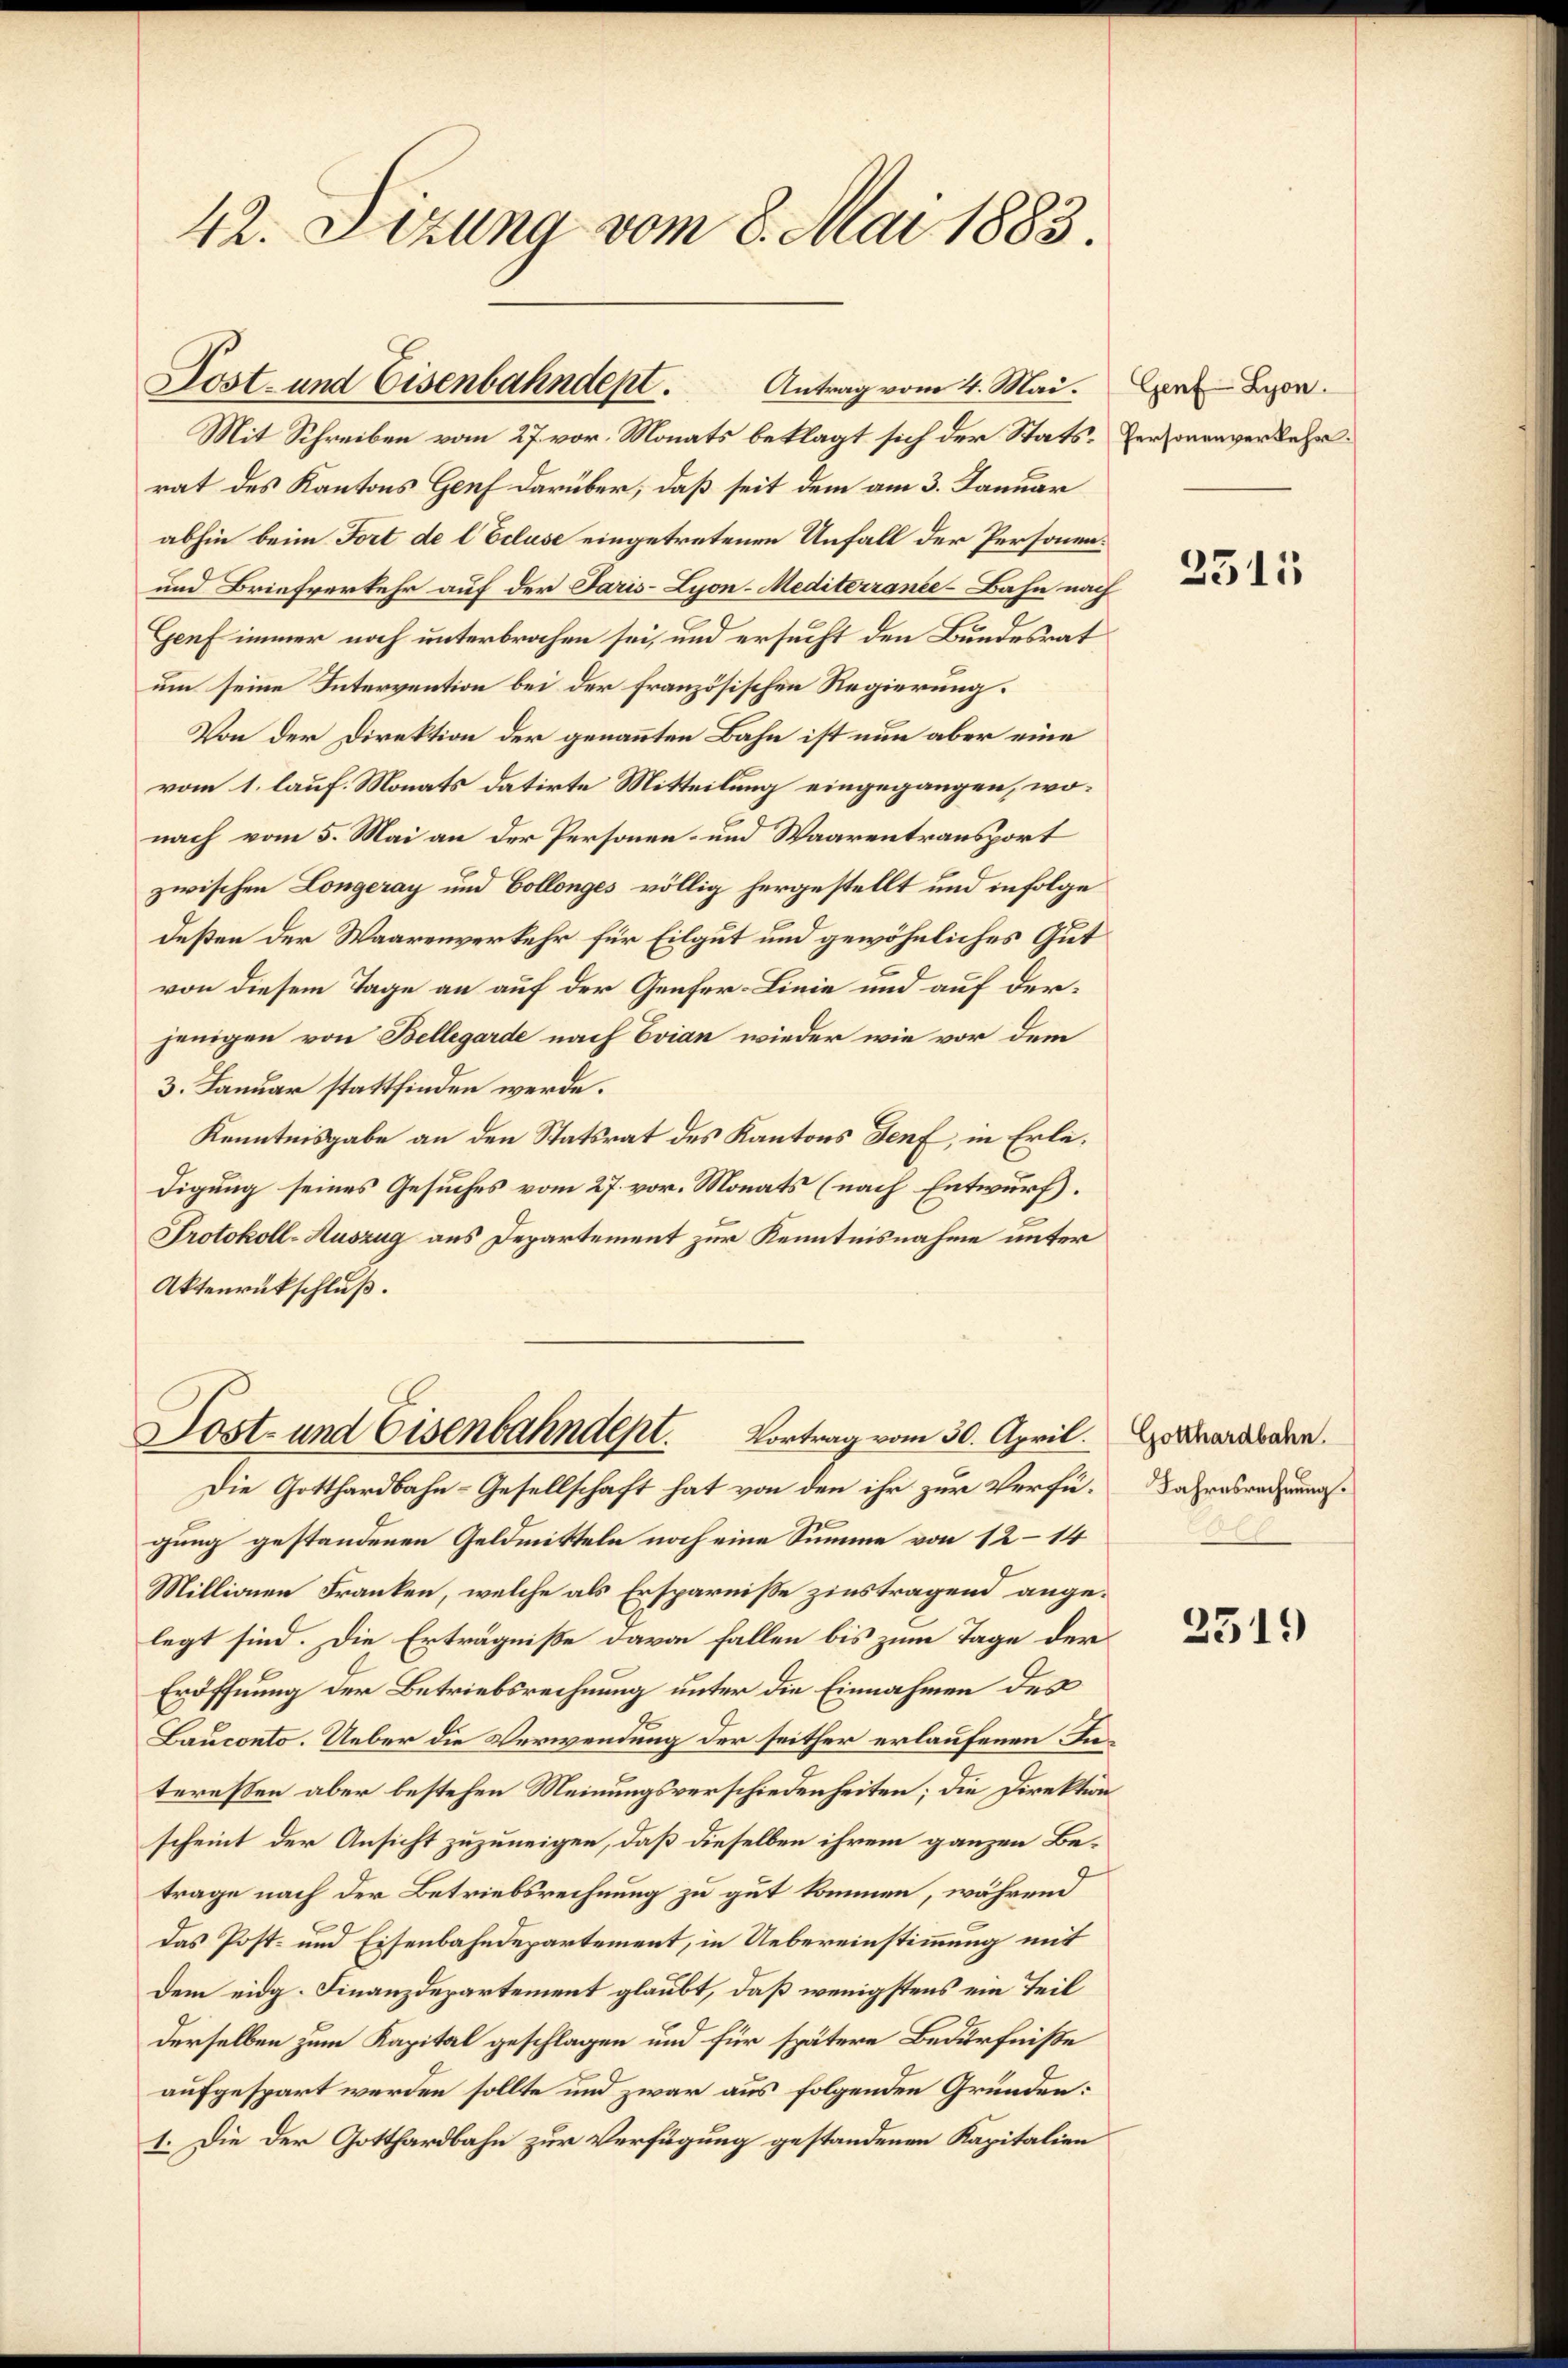
42. Sizung vom 8. Mai 1883.

Post- und Eisenbahndept.
Antrag vom 4. Mai.

Mit Schreiben vom 27. vor. Monats beklagt sich der Stats-Personenverkehrrat des Kantons Genf darüber, daß seit dem am 3. Januar
abhin beim Fort de locluse eingetretenen Unfall der Personen¬
und Briefverkehr auf der Paris-Lyon-Mediterrance-Bahn nach
Genf immer noch unterbrochen sei, und ersucht den Bundesrat
um seine Intervention bei der französischen Regierung.
Von der Direktion der genannten Bahn ist nun aber eine
vom 1. lauf. Monats datirte Mitteilung eingegangen, wonach vom 5. Mai an der Personen- und Waarentransport
zwischen Longeray und Collonges völlig hergestellt und infolge
deßen der Waarenverkehr für Eilgut und gewöhnliches Gut
von diesem Tage an auf der Genfer-Linie und auf derjenigen von Bellegarde nach Evian wieder wie vor dem
3. Januar stattfinden werde.
Kenntnisgabe an den Statsrat des Kantons Genf, in Erledigung seines Gesuches vom 27. vor. Monats (nach Entwurf.
Protokoll-Auszug aus Departement zur Kenntnisnahme unter
Aktenrückschluß.
Sost- und Eisenbahndept. Vortrag vom 30. April.
Die Gotthardbahn-Gesellschaft hat von den ihr zur Verfügung gestandenen Geldmitteln noch eine Summe von 12–14
Millionen Franken, welche als Ersparnisse zinstragend angelegt sind. Die Erträgniße davon fallen bis zum Tage der
Eröffnung der Betriebsrechnung unter die Einnahmen des
Bauconto. Ueber die Verwendung der seither erlaufenen Interessen aber bestehen Meinungsverschiedenheiten; die Direktion
scheint der Ansicht zuzuneigen, daß dieselben ihrem ganzen Betrage nach der Betriebsrechnung zu gut kommen, während
Das Post- und Eisenbahndepartement, in Uebereinstimmung mit
Dem eidg. Finanzdepartement glaubt, daß wenigstens ein Teil
derselben zum Kapital geschlagen und für spätere Bedürfniße
aufgespart werden sollte und zwar aus folgenden Gründen:
1. Die der Gotthardbahn zur Verfügung gestandenen Kapitalien

Genf Lyon.

2515

Gotthardbahn.
Jahresrechnung.

2519